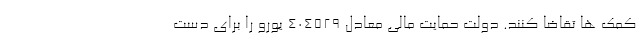
كمك ها تقاضا كنند. دولت حمایت مالی معادل ۴۰۴۵۲۹ یورو را برای دست